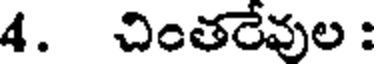
4. చింతరేవుల :